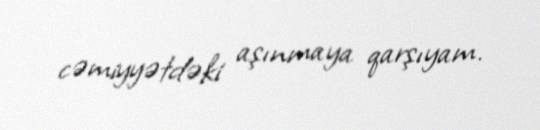
cəmiyyətdəki aşınmaya qarşıyam.